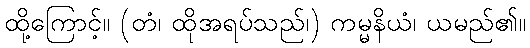
ထို့ကြောင့်။ (တံ၊ ထိုအရပ်သည်၊) ကမ္မနိယံ၊ ယမည်၏။